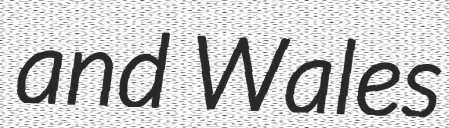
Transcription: and Wales